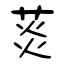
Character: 菼